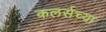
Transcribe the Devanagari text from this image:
कलर्सच्या